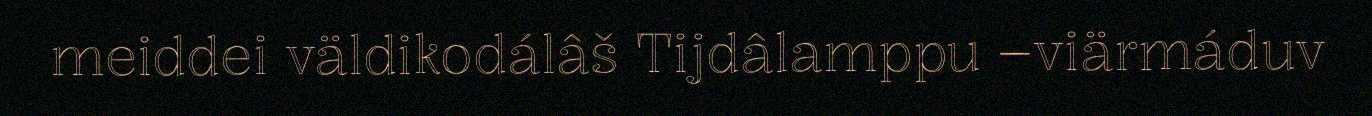
meiddei väldikodálâš Tijdâlamppu –viärmáduv